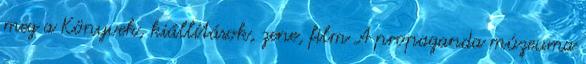
meg a Könyvek, kiállítások, zene, film A propaganda múzeuma